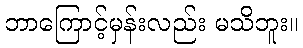
ဘာကြောင့်မှန်းလည်း မသိဘူး။